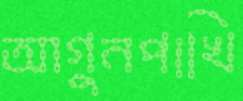
আগুনপাখি